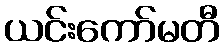
ယင်းကော်မတီ